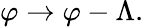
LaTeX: \varphi\rightarrow\varphi-\Lambda.